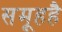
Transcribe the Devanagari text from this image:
समूहहै